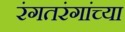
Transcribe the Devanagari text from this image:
रंगतरंगांच्या